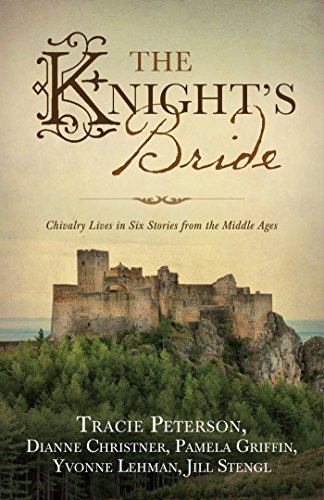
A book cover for Knight's Bride; Tracie Peterson; Romance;